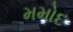
મમોદ